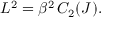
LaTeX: L ^ { 2 } = \beta ^ { 2 } \, C _ { 2 } ( J ) .